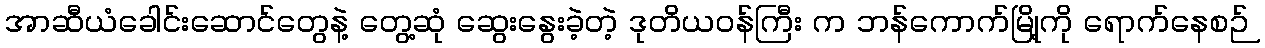
အာဆီယံခေါင်းဆောင်တွေနဲ့ တွေ့ဆုံ ဆွေးနွေးခဲ့တဲ့ ဒုတိယဝန်ကြီး က ဘန်ကောက်မြို့ကို ရောက်နေစဉ်